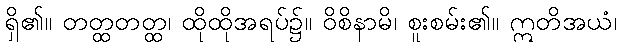
ရှိ၏။ တတ္ထတတ္ထ၊ ထိုထိုအရပ်၌။ ဝိစိနာမိ၊ စူးစမ်း၏။ ဣတိအယံ၊